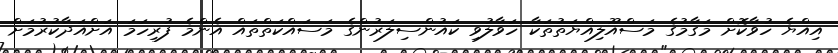
އިއްޔެ ހުވާކޮށް މަގާމުގެ މަސްއޫލިއްޔަތުތަކާ ހަވާލުވި ކައުންސިލަރުންގެ މަސައްކަތްތައް އެންމެ ފުރިހަމަ އަށްއަދާކުރުމަށް